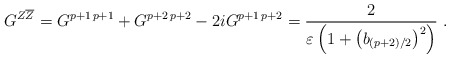
\begin{align*}G^{Z\overline{Z}}=G^{p+1\, p+1}+G^{p+2\, p+2}-2iG^{p+1\,p+2}=\frac{2}{\varepsilon\left(1+\left(b_{(p+2)/2}\right)^{2}\right)}~.\end{align*}